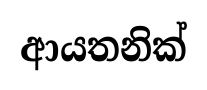
ආයතනික්